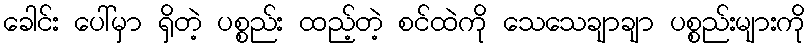
ခေါင်း ပေါ်မှာ ရှိတဲ့ ပစ္စည်း ထည့်တဲ့ စင်ထဲကို သေသေချာချာ ပစ္စည်းများကို